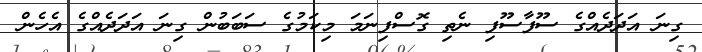
ގިނަ އަދަދެއްގެ ސޫފާސޫފި ނެތި ގޮސްފިނަމަ މިކަމުގެ ސަބަބުން ގިނަ އަދަދެއްގެ އެހެން